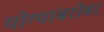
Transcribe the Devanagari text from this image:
योग्यांबरोबर